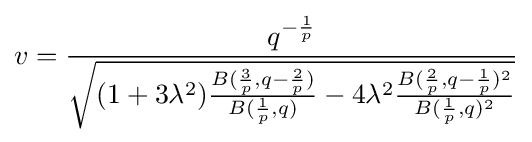
v={\frac {q^{-{\frac {1}{p}}}}{\sqrt {(1+3\lambda ^{2}){\frac {B({\frac {3}{p}},q-{\frac {2}{p}})}{B({\frac {1}{p}},q)}}-4\lambda ^{2}{\frac {B({\frac {2}{p}},q-{\frac {1}{p}})^{2}}{B({\frac {1}{p}},q)^{2}}}}}}